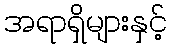
အရာရှိများနှင့်